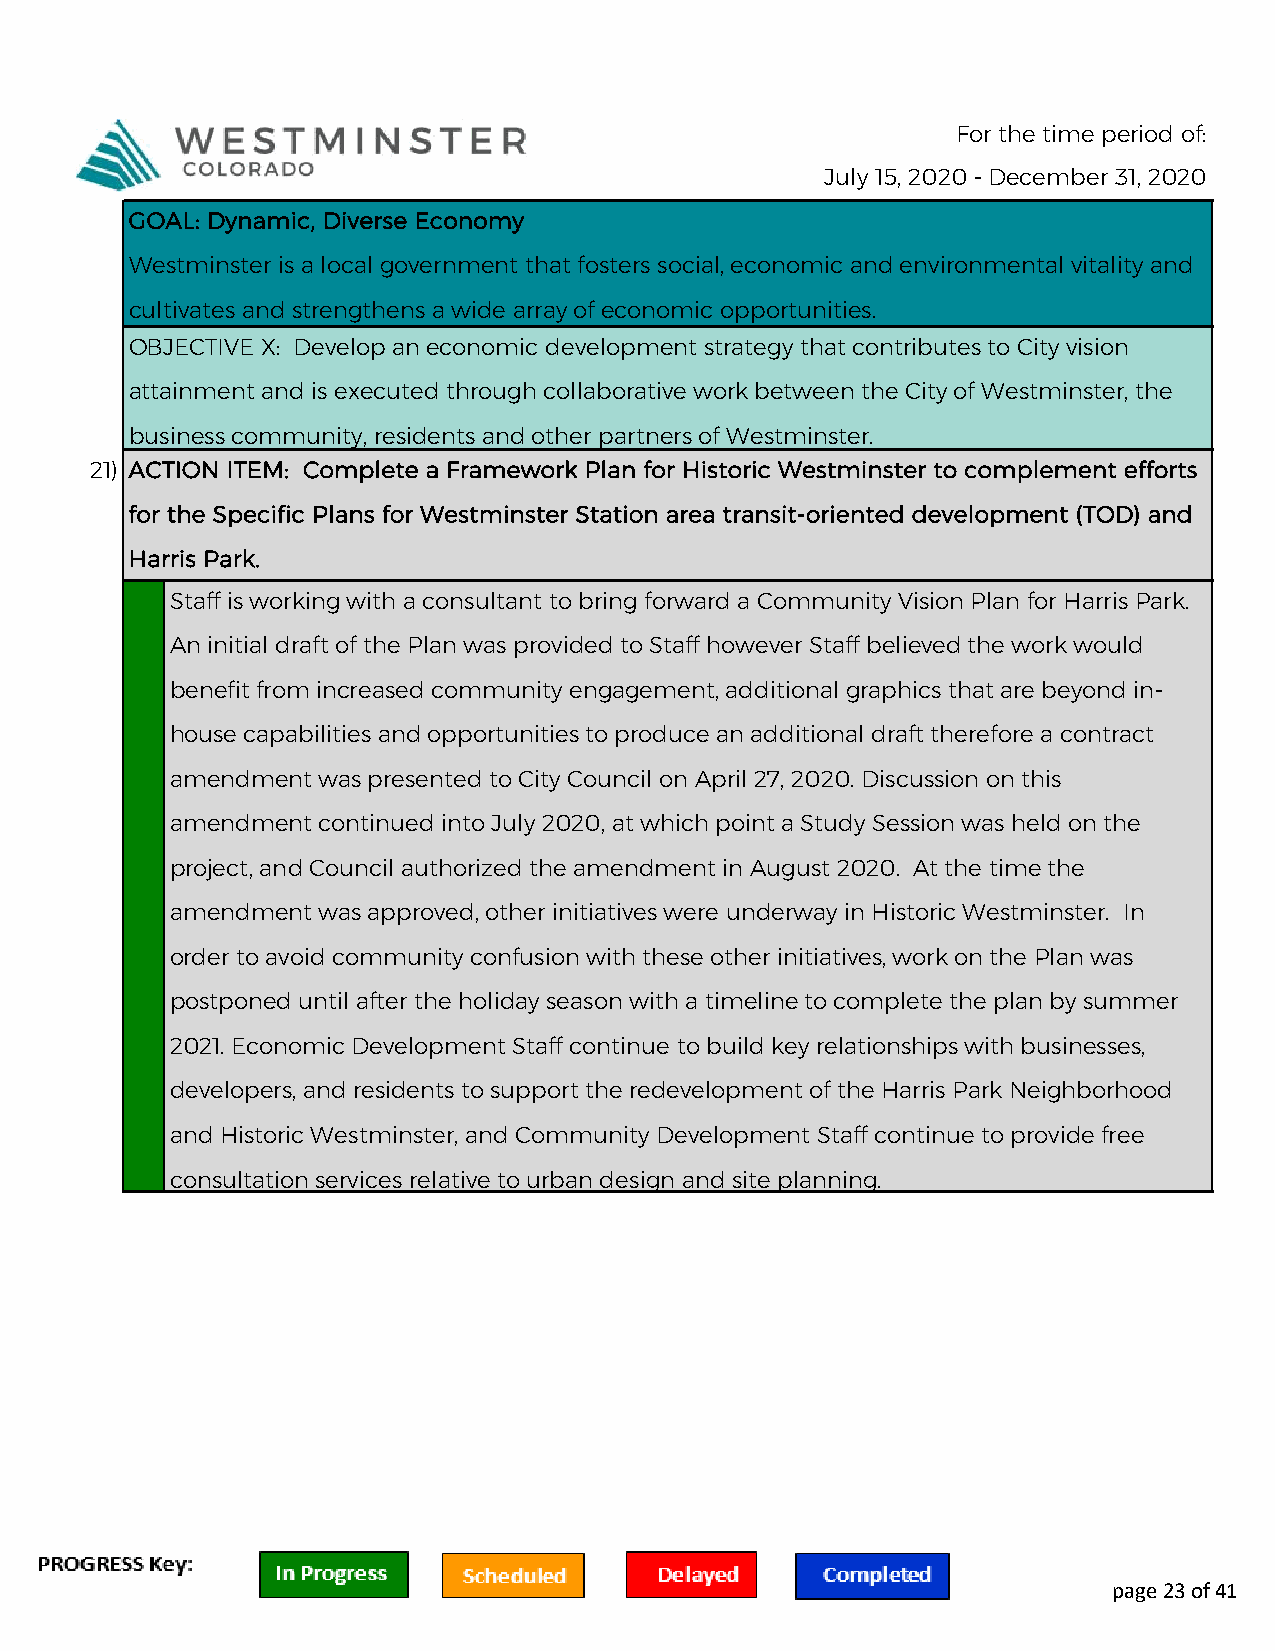
For the time period of:
 July 15, 2020 - December 31, 2020
 GOAL: Dynamic, Diverse Economy
 Westminster is a local government that fosters social, economic and environmental vitality and
 cultivates and strengthens a wide array of economic opportunities.
 OBJECTIVE X: Develop an economic development strategy that contributes to City vision
 attainment and is executed through collaborative work between the City of Westminster, the
 business community, residents and other partners of Westminster.
 21) ACTION ITEM: Complete a Framework Plan for Historic Westminster to complement efforts
 for the Specific Plans for Westminster Station area transit-oriented development (TOD) and
 Harris Park.
 Staff is working with a consultant to bring forward a Community Vision Plan for Harris Park.
 An initial draft of the Plan was provided to Staff however Staff believed the work would
 benefit from increased community engagement, additional graphics that are beyond in-
 house capabilities and opportunities to produce an additional draft therefore a contract
 amendment was presented to City Council on April 27, 2020. Discussion on this
 amendment continued into July 2020, at which point a Study Session was held on the
 project, and Council authorized the amendment in August 2020. At the time the
 amendment was approved, other initiatives were underway in Historic Westminster. In
 order to avoid community confusion with these other initiatives, work on the Plan was
 postponed until after the holiday season with a timeline to complete the plan by summer
 2021. Economic Development Staff continue to build key relationships with businesses,
 developers, and residents to support the redevelopment of the Harris Park Neighborhood
 and Historic Westminster, and Community Development Staff continue to provide free
 consultation services relative to urban design and site planning.
 page 23 of 41